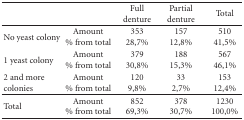
<table><thead><tr><td></td><td></td><td><b>Full denture</b></td><td><b>Partial denture</b></td><td><b>Total</b></td></tr></thead><tbody><tr><td>No yeast colony</td><td>Amount% from total</td><td>35328,7%</td><td>15712,8%</td><td>51041,5%</td></tr><tr><td>1 yeast colony</td><td>Amount% from total</td><td>37930,8%</td><td>18815,3%</td><td>56746,1%</td></tr><tr><td>2 and more colonies</td><td>Amount% from total</td><td>1209,8%</td><td>332,7%</td><td>15312,4%</td></tr><tr><td>Total</td><td>Amount% from total</td><td>85269,3%</td><td>37830,7%</td><td>1230100,0%</td></tr></tbody></table>